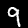
Digit: 9